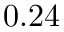
0 . 2 4